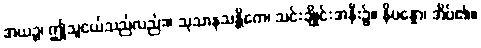
အယဉ္စ၊ ဤသူငယ်သည်လည်း။ သုသာနသန္တိကေ၊ သင်းချိုင်းအနီး၌။ နိပန္နော၊ အိပ်၏။